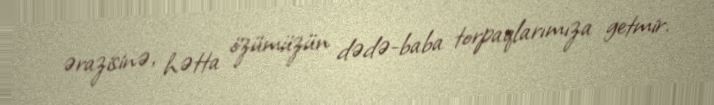
ərazisinə, hətta özümüzün dədə-baba torpaqlarımıza getmir.